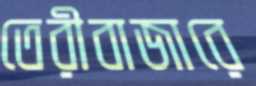
তেরীবাজারে